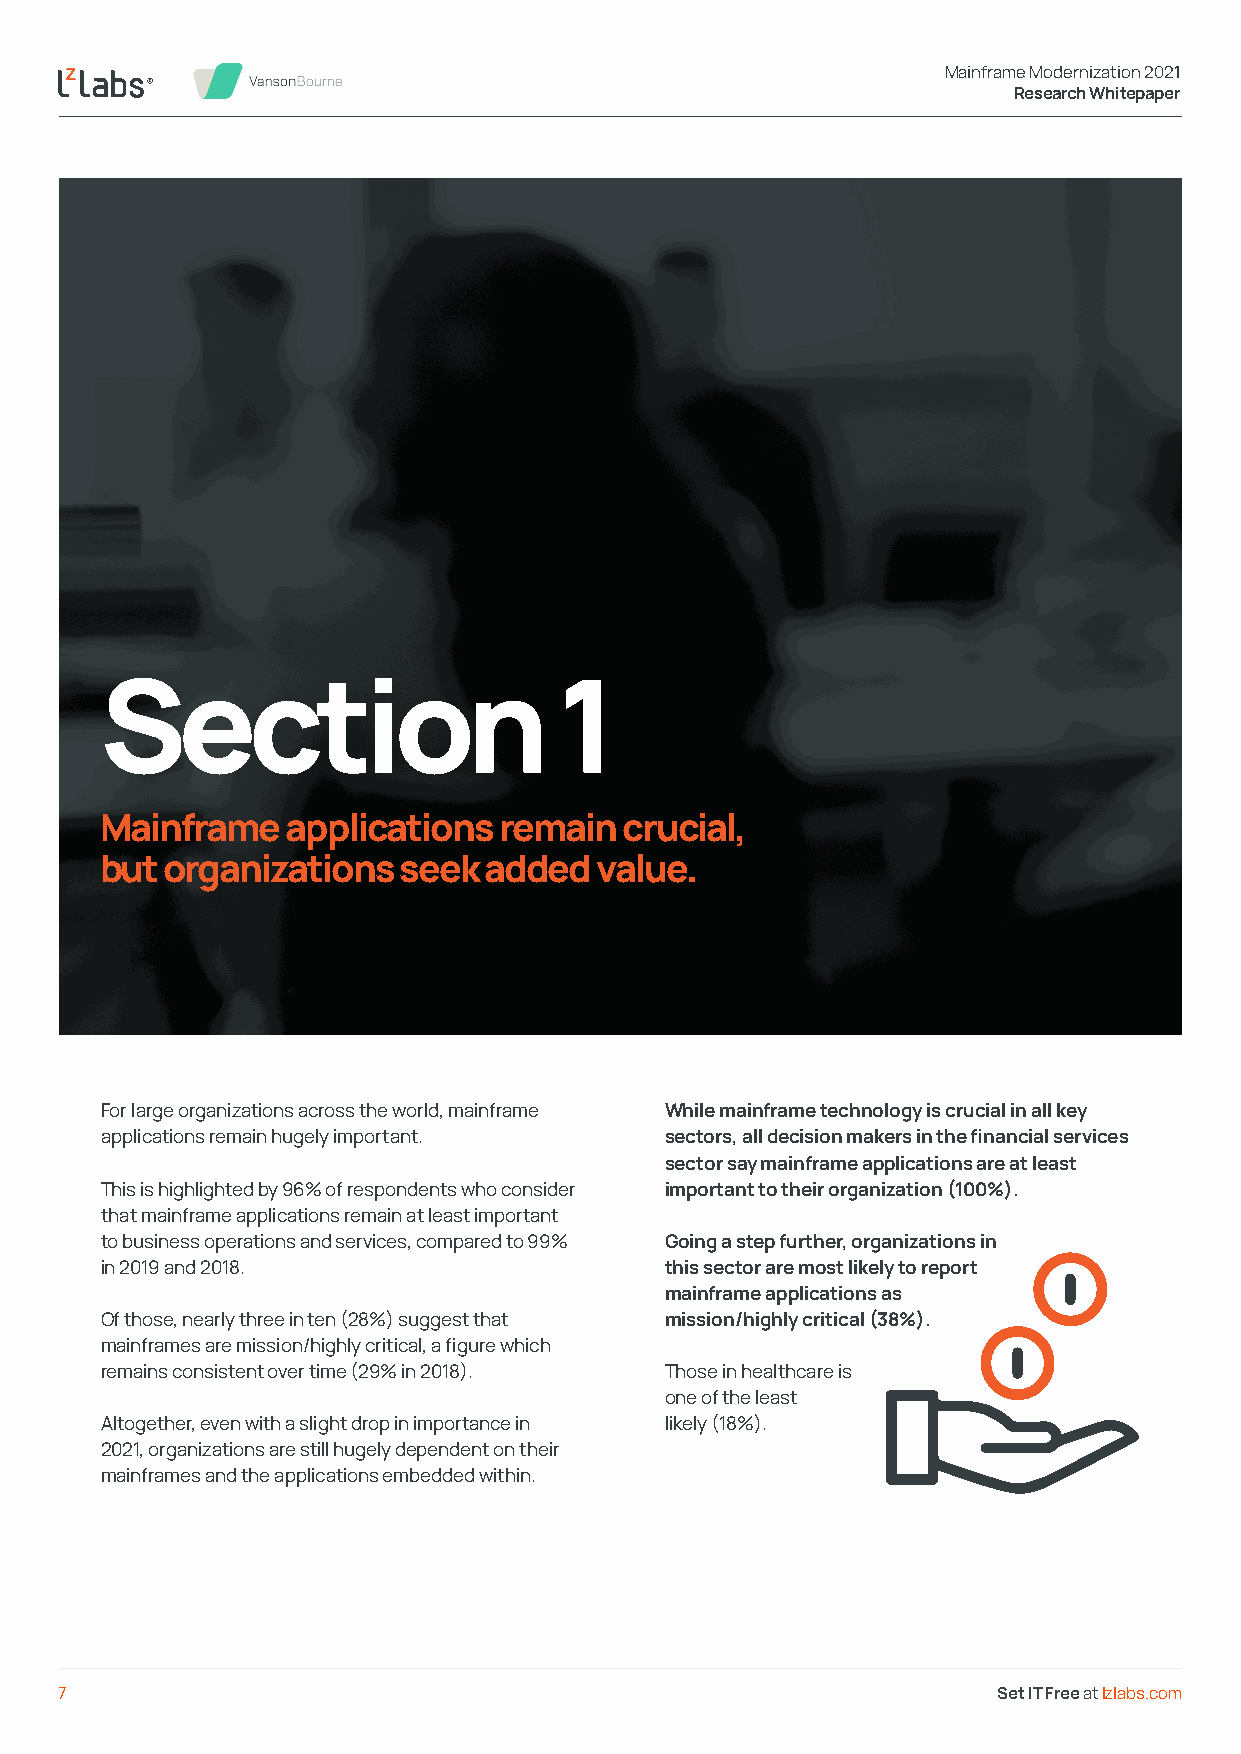
Mainframe Modernization 2021
 Research Whitepaper
 Section                       1
 Mainframe   applications  remain  crucial,
 but organizations  seek  added  value.
 For large organizations across the world, mainframe While mainframe technology is crucial in all key
 applications remain hugely important. sectors, all decision makers in the financial services
 sector say mainframe applications are at least
 This is highlighted by 96% of respondents who consider important to their organization (100%).
 that mainframe applications remain at least important
 to business operations and services, compared to 99% Going a step further, organizations in
 in 2019 and 2018.                    this sector are most likely to report
 mainframe applications as
 Of those, nearly three in ten (28%) suggest that mission/highly critical (38%).
 mainframes are mission/highly critical, a figure which
 remains consistent over time (29% in 2018). Those in healthcare is
 one of the least
 Altogether, even with a slight drop in importance in likely (18%).
 2021, organizations are still hugely dependent on their
 mainframes and the applications embedded within.
 7                                                             Set IT Free at lzlabs.com